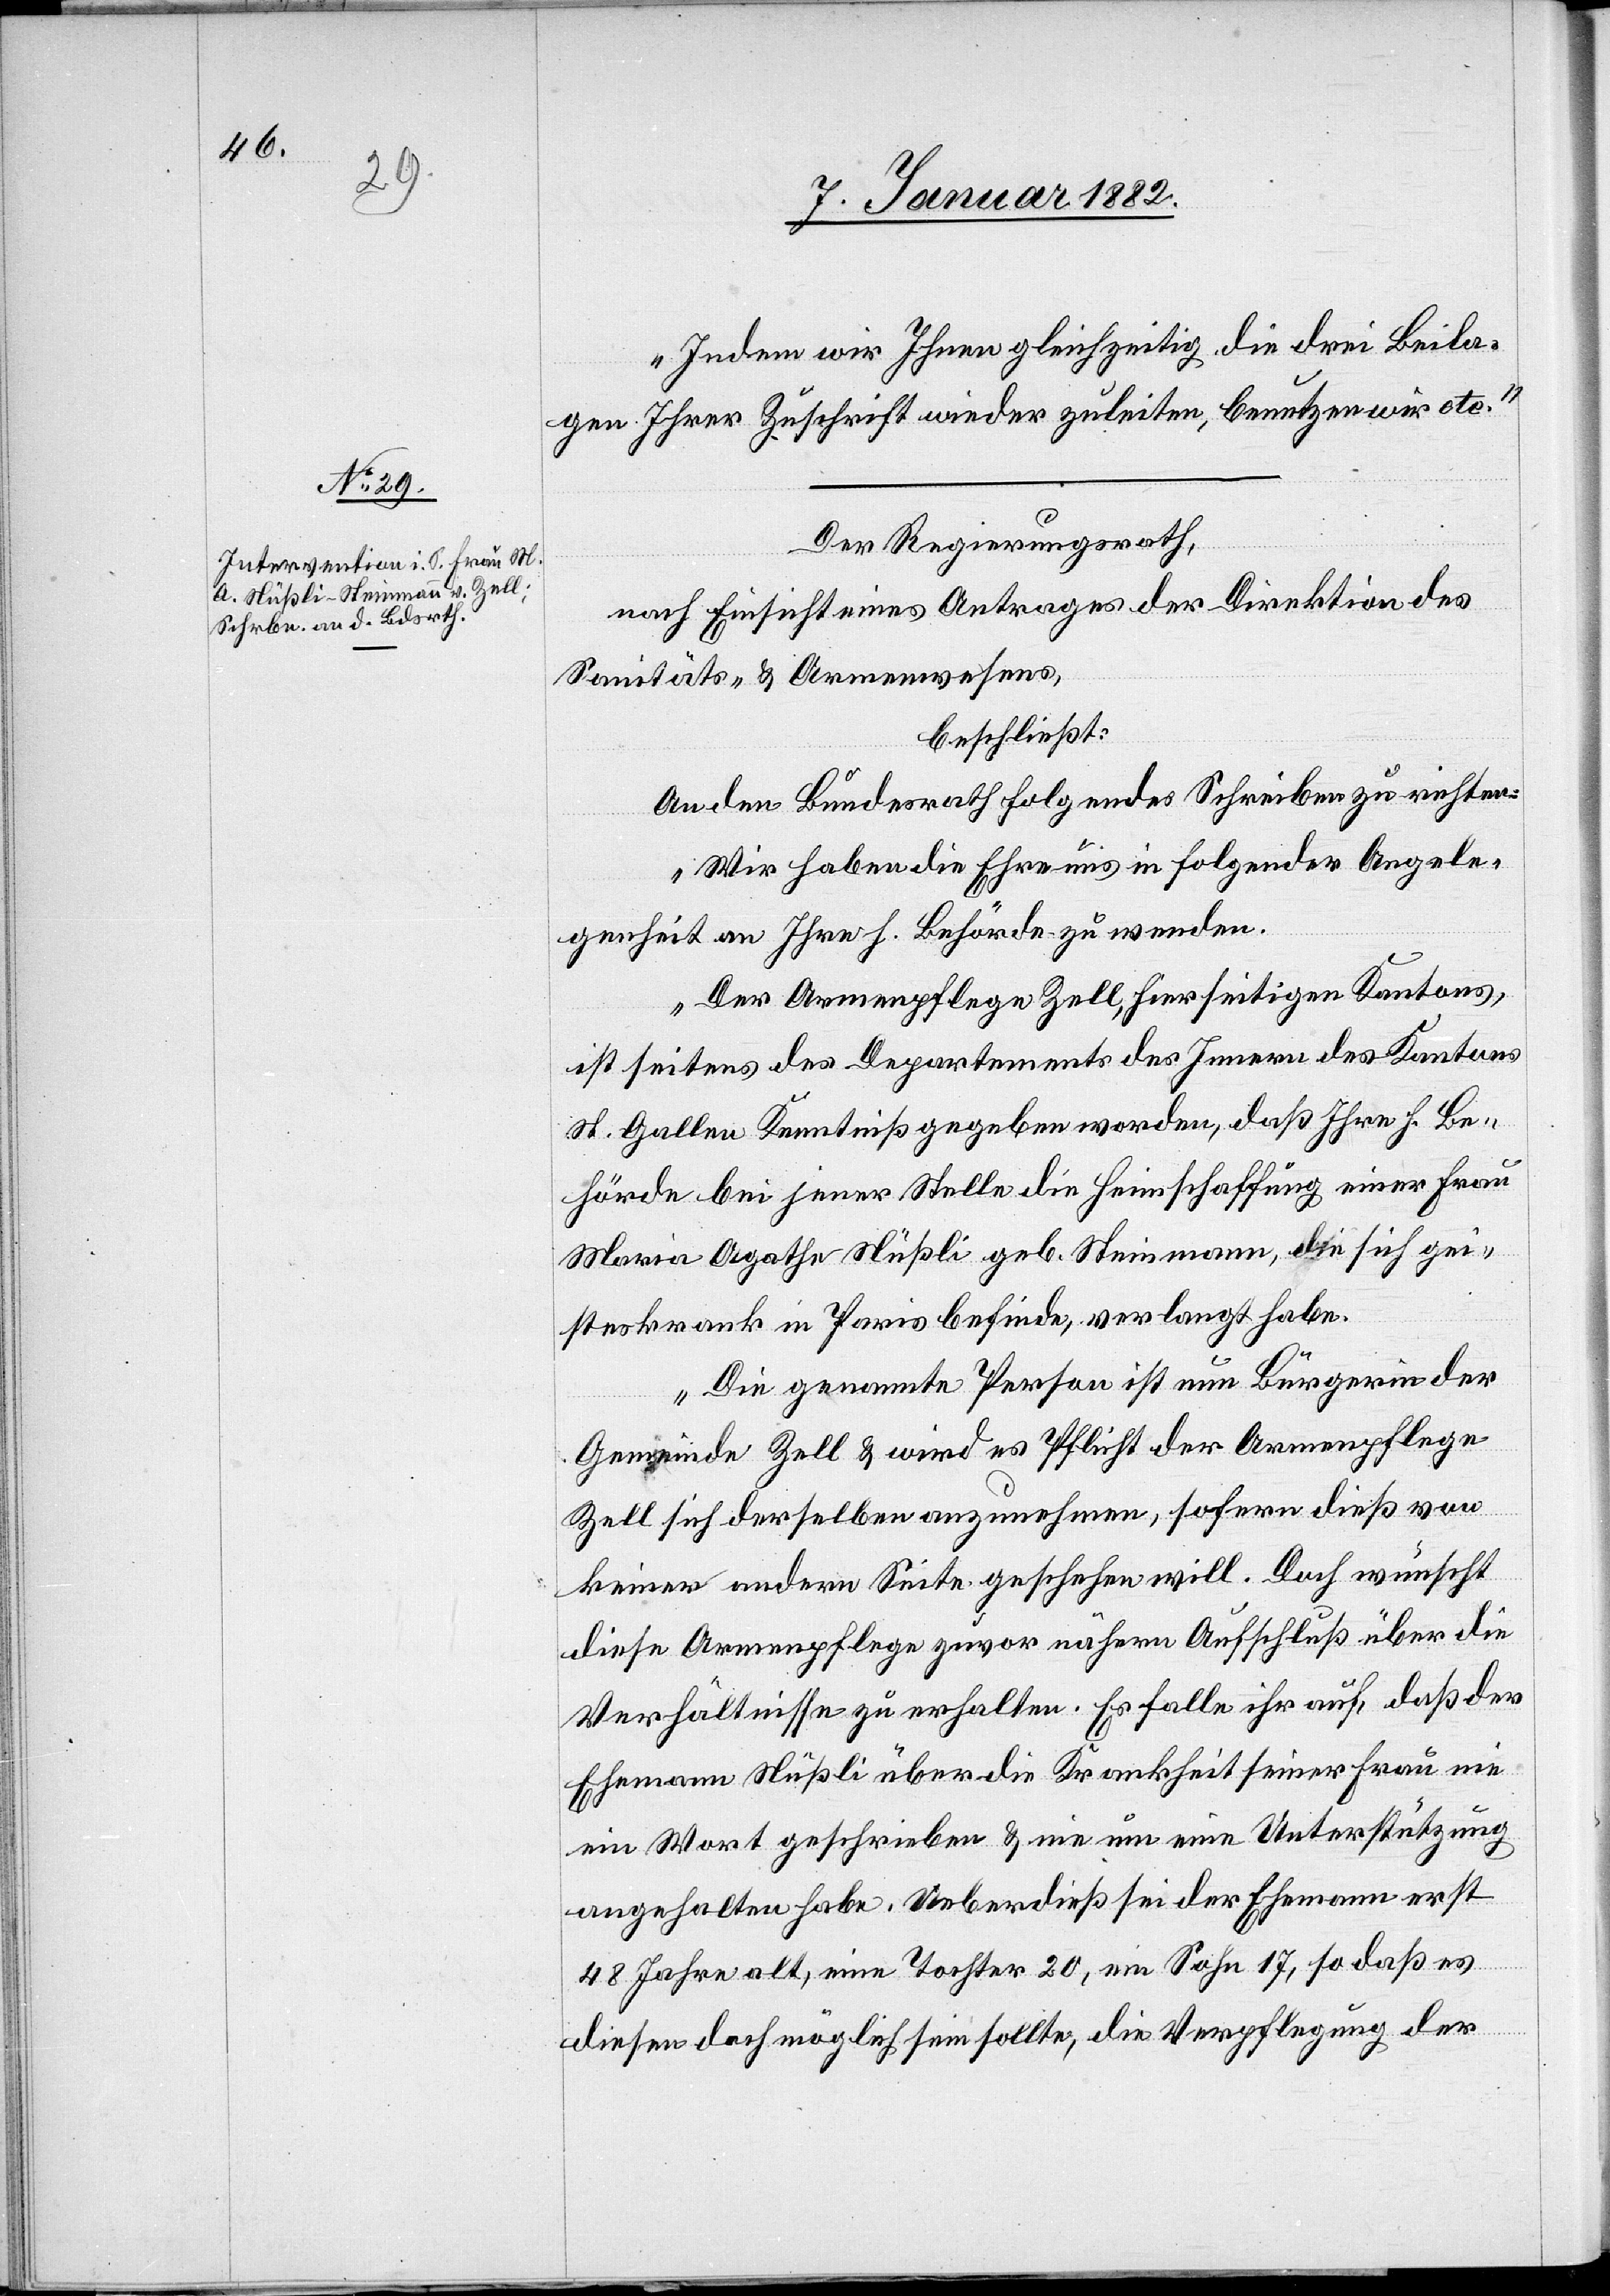
Indem wir Ihnen gleichzeitig die drei Beila¬
gen Ihrer Zuschrift wieder zuleiten, benutzen wir etc.“
Der Regierungsrath,
nach Einsicht eines Antrages der Direktion des
Sanitäts- & Armenwesens,
beschließt:
An den Bundesrath folgendes Schreiben zu richten:
„Wir haben die Ehre uns in folgender Angele¬
genheit an Ihre h. Behörde zu wenden.
Der Armenpflege Zell, hierseitigen Kantons,
ist seitens des Departements des Innern des Kantons
St. Gallen Kenntniß gegeben worden, daß Ihre h. Be¬
hörde bei jener Stelle die Heimschaffung einer Frau
Maria Agathe Nüßli geb. Steinmann, die sich gei¬
steskrank in Paris befinde, verlangt habe.
Die genannte Person ist nun Bürgerin der
Gemeinde Zell & wird es Pflicht der Armenpflege
Zell sich derselben anzunehmen, sofern dieß von
keiner andern Seite geschehen will. Doch wünscht
diese Armenpflege zuvor nähern Aufschluß über die
Verhältnisse zu erhalten. Es falle ihr auf, daß der
Ehemann Nüßli über die Krankheit seiner Frau nie
ein Wort geschrieben & nie um eine Unterstützung
angehalten habe. Ueberdieß sei der Ehemann erst
48 Jahre alt, eine Tochter 20, ein Sohn 17, so daß es
diesen doch möglich sein sollte, die Verpflegung der